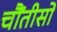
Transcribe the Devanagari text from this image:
चौंतीसों